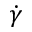
\dot { \gamma }